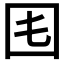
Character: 𡆰